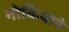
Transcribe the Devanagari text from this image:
नोकियाने